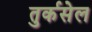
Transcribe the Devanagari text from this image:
तुर्कसेल